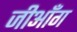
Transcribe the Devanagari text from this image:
जीआँग